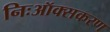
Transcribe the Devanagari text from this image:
निःऑक्सकरण